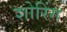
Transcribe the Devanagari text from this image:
शोरिंग